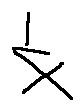
\frac { 1 } { x }